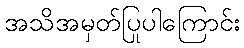
အသိအမှတ်ပြုပါကြောင်း